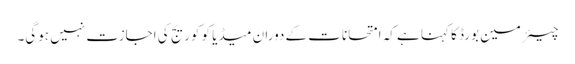
چیئرمین بورڈ کا کہنا ہے کہ امتحانات کے دوران میڈیا کو کوریج کی اجازت نہیں ہوگی۔